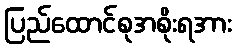
ပြည်ထောင်စုအစိုးရအား